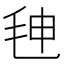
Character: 𰚒